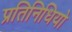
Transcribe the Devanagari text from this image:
प्रतिनिधियो